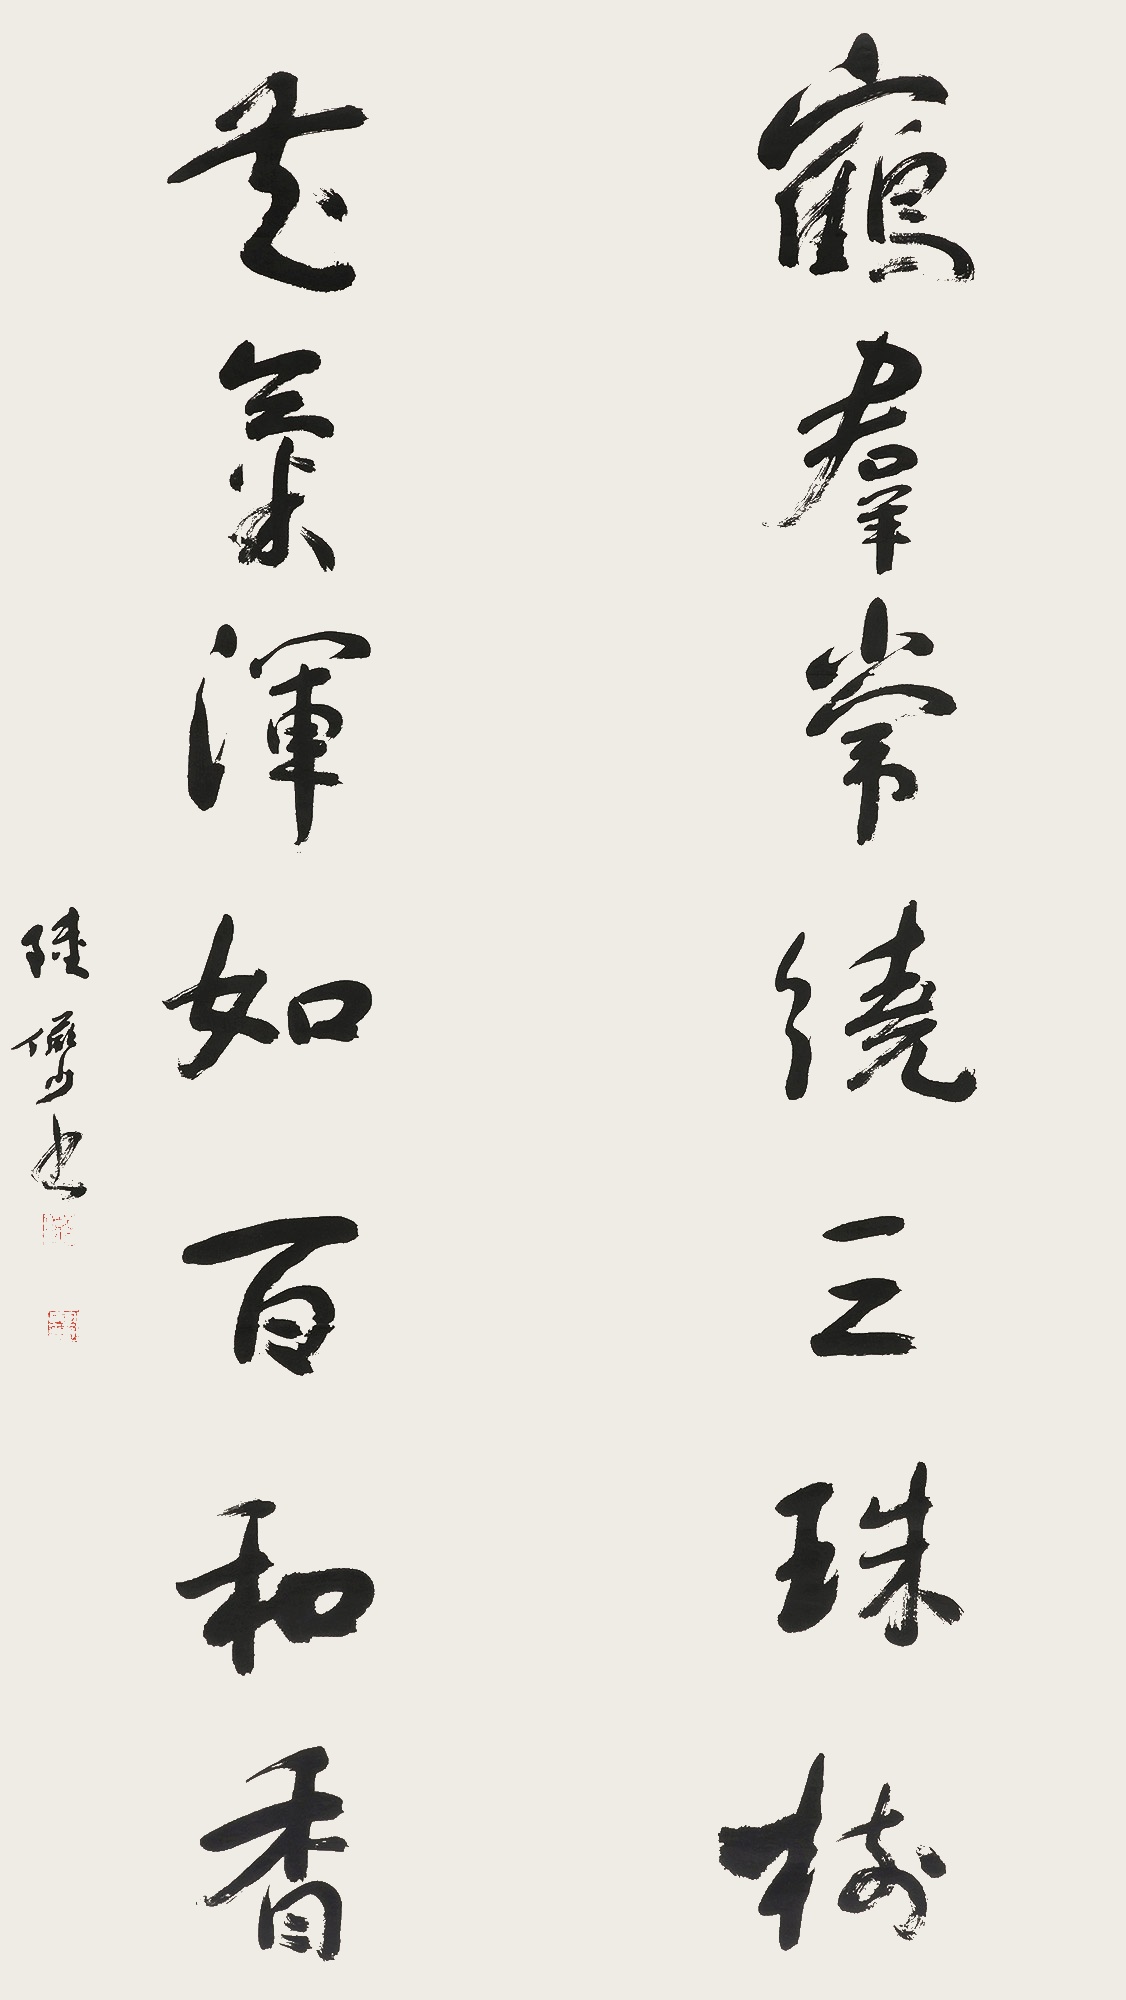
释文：鹤群常绕三株树，花气浑如百和香。陆俨少书。